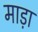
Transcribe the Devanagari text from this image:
माड़ा